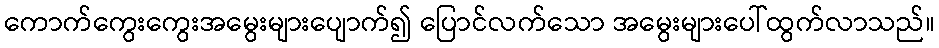
ကောက်ကွေးကွေးအမွေးများပျောက်၍ ပြောင်လက်သော အမွေးများပေါ်ထွက်လာသည်။